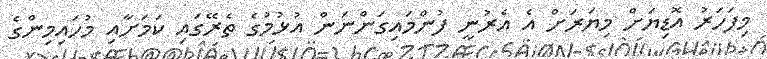
މިިފަހަރު އޮޑިޔަށް މިޔަރަށް އެ އެރުނީ ފުންމައިގަންނަން އުުޅުމުގެ ތެރޭގައި ކަމަށާއި މުހައިމިންގެ